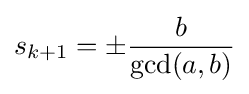
s_{k+1}=\pm {\frac {b}{\gcd(a,b)}}